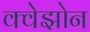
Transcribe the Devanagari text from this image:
क्वेझोन